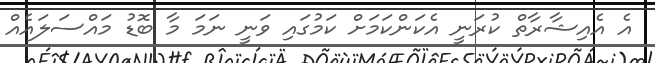
އެ އެއިޝާރާތް ކުރަނީ އެކަންކަމަށް ކަމުގައި ވަނީ ނަމަ މާ ބޮޑު މައްސަލައެއް